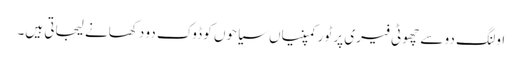
اولنگ دو سے چھوٹی فیری پر ٹور کمپنیاں سیاحوں کو ڈوک دو دکھانے لیجاتی ہیں۔